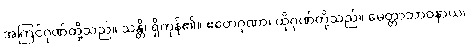
အကြင်ဂုဏ်တို့သည်။ သန္တိ၊ ရှိကုန်၏။ ဧတေဂုဏာ၊ ထိုဂုဏ်တို့သည်။ မေတ္တာဘာဝနာယ၊